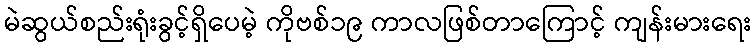
မဲဆွယ်စည်းရုံးခွင့်ရှိပေမဲ့ ကိုဗစ်၁၉ ကာလဖြစ်တာကြောင့် ကျန်းမားရေး